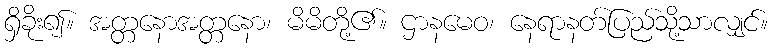
ရှိခိုး၍။ အတ္တနောအတ္တနော၊ မိမိတို့၏။ ဌာနမေဝ၊ နေရာနတ်ပြည်သို့သာလျှင်။